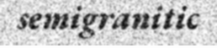
semigranitic